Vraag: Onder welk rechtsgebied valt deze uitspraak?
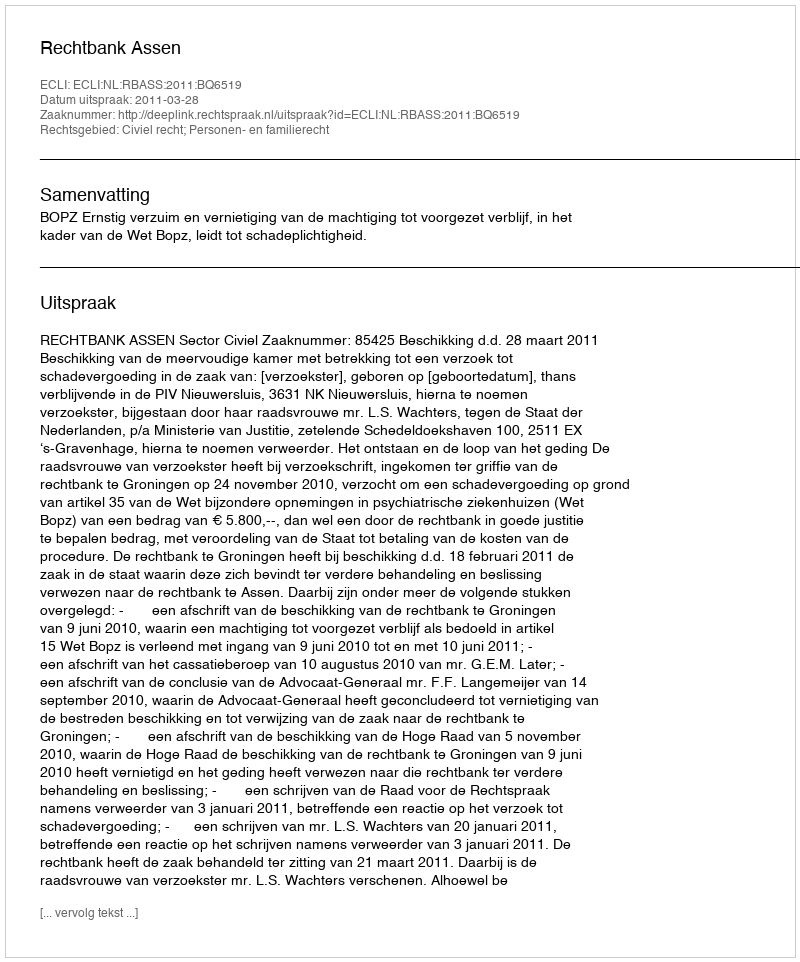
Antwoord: Civiel recht; Personen- en familierecht